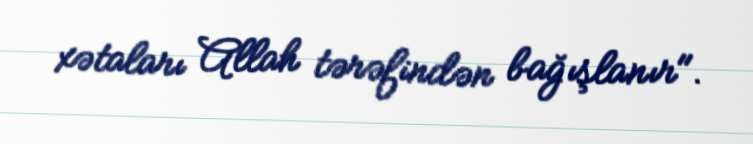
xətaları Allah tərəfindən bağışlanır".